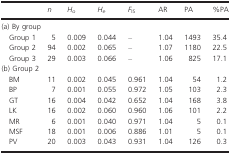
<table><thead><tr><td></td><td><b><i>n</i></b></td><td><b><i>H</i><sub><i>o</i></sub></b></td><td><b><i>H</i><sub><i>e</i></sub></b></td><td><b><i>F</i><sub>IS</sub></b></td><td><b>AR</b></td><td><b>PA</b></td><td><b>%PA</b></td></tr></thead><tbody><tr><td colspan="8">(a) By group</td></tr><tr><td>Group 1</td><td>5</td><td>0.009</td><td>0.044</td><td>–</td><td>1.04</td><td>1493</td><td>35.4</td></tr><tr><td>Group 2</td><td>94</td><td>0.002</td><td>0.065</td><td>–</td><td>1.07</td><td>1180</td><td>22.5</td></tr><tr><td>Group 3</td><td>29</td><td>0.003</td><td>0.066</td><td>–</td><td>1.06</td><td>825</td><td>17.1</td></tr><tr><td colspan="8">(b) Group 2</td></tr><tr><td>BM</td><td>11</td><td>0.002</td><td>0.045</td><td>0.961</td><td>1.04</td><td>54</td><td>1.2</td></tr><tr><td>BP</td><td>7</td><td>0.001</td><td>0.055</td><td>0.972</td><td>1.05</td><td>103</td><td>2.3</td></tr><tr><td>GT</td><td>16</td><td>0.004</td><td>0.042</td><td>0.652</td><td>1.04</td><td>168</td><td>3.8</td></tr><tr><td>LK</td><td>16</td><td>0.002</td><td>0.060</td><td>0.960</td><td>1.06</td><td>101</td><td>2.2</td></tr><tr><td>MR</td><td>6</td><td>0.001</td><td>0.040</td><td>0.971</td><td>1.04</td><td>5</td><td>0.1</td></tr><tr><td>MSF</td><td>18</td><td>0.001</td><td>0.006</td><td>0.886</td><td>1.01</td><td>5</td><td>0.1</td></tr><tr><td>PV</td><td>20</td><td>0.003</td><td>0.043</td><td>0.931</td><td>1.04</td><td>126</td><td>0.3</td></tr></tbody></table>